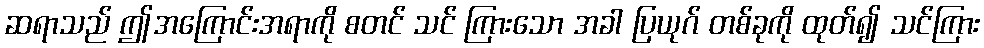
ဆရာသည် ဤအကြောင်းအရာကို စတင် သင် ကြားသော အခါ ပြယုဂ် တစ်ခုကို ထုတ်၍ သင်ကြား